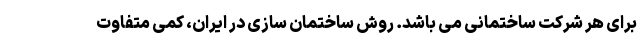
برای هر شرکت ساختمانی می باشد. روش ساختمان سازی در ایران، کمی متفاوت